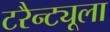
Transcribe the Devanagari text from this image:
टरैन्ट्यूला